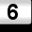
Digit: 6